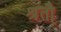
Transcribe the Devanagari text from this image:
श्रुतौ